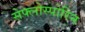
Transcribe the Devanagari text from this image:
सेफ्लोस्पोरिन